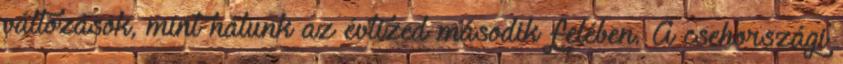
változások, mint nálunk az évtized második felében. A csehországi